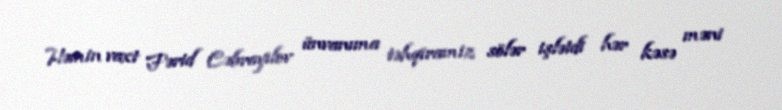
Həmin vaxt Fərid Cəbrayılov ünvanıma təhqiramiz sölər işlətdi hər kəsə məni